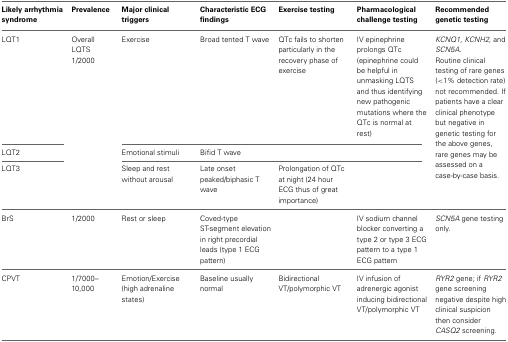
<table><thead><tr><td><b>Likely arrhythmia syndrome</b></td><td><b>Prevalence</b></td><td><b>Major clinical triggers</b></td><td><b>Characteristic ECG findings</b></td><td><b>Exercise testing</b></td><td><b>Pharmacological challenge testing</b></td><td><b>Recommended genetic testing</b></td></tr></thead><tbody><tr><td>LQT1</td><td>Overall LQTS 1/2000</td><td>Exercise</td><td>Broad tented T wave</td><td>QTc fails to shorten particularly in the recovery phase of exercise</td><td>IV epinephrine prolongs QTc (epinephrine could be helpful in unmasking LQTS and thus identifying new pathogenic mutations where the QTc is normal at rest)</td><td rowspan="3"><i>KCNQ1, KCNH2</i>, and <i>SCN5A</i>. Routine clinical testing of rare genes (&lt;1% detection rate) not recommended. If patients have a clear clinical phenotype but negative in genetic testing for the above genes, rare genes may be assessed on a case-by-case basis.</td></tr><tr><td>LQT2</td><td></td><td>Emotional stimuli</td><td>Bifid T wave</td><td></td><td></td></tr><tr><td>LQT3</td><td></td><td>Sleep and rest without arousal</td><td>Late onset peaked/biphasic T wave</td><td>Prolongation of QTc at night (24 hour ECG thus of great importance)</td><td></td></tr><tr><td>BrS</td><td>1/2000</td><td>Rest or sleep</td><td>Coved-type ST-segment elevation in right precordial leads (type 1 ECG pattern)</td><td></td><td>IV sodium channel blocker converting a type 2 or type 3 ECG pattern to a type 1 ECG pattern</td><td><i>SCN5A</i> gene testing only.</td></tr><tr><td>CPVT</td><td>1/7000–10,000</td><td>Emotion/Exercise (high adrenaline states)</td><td>Baseline usually normal</td><td>Bidirectional VT/polymorphic VT</td><td>IV infusion of adrenergic agonist inducing bidirectional VT/polymorphic VT</td><td><i>RYR2</i> gene; if <i>RYR2</i> gene screening negative despite high clinical suspicion then consider <i>CASQ2</i> screening.</td></tr></tbody></table>